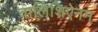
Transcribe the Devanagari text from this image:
वालिशिऐनम